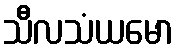
သီလသံယမော